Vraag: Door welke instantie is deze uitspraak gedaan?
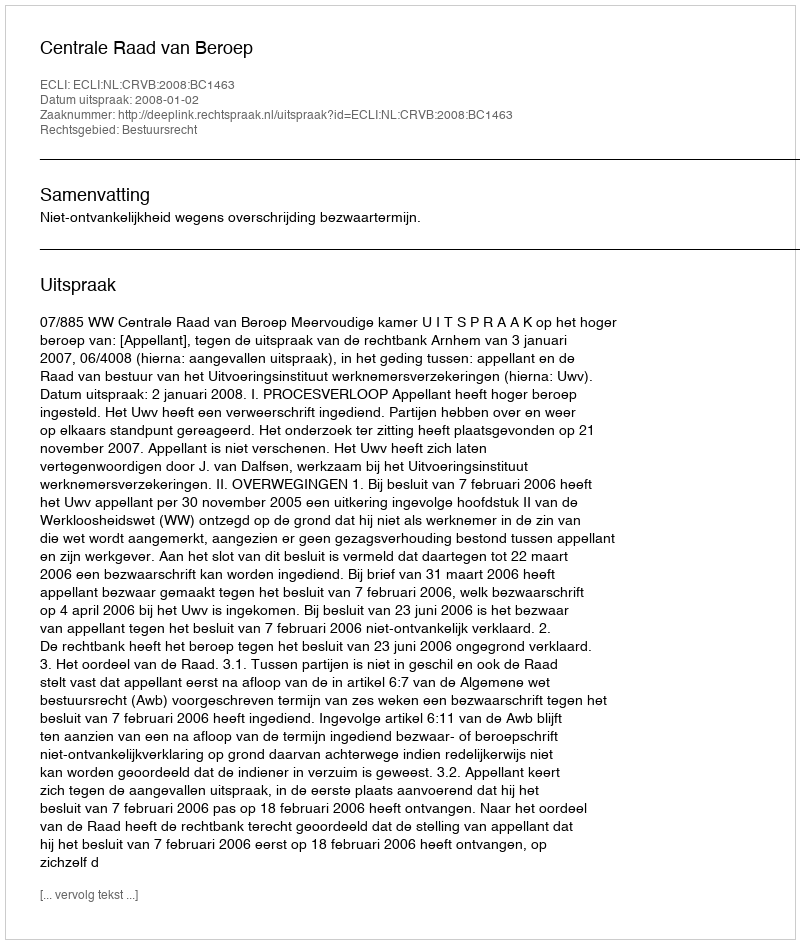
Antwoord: Centrale Raad van Beroep